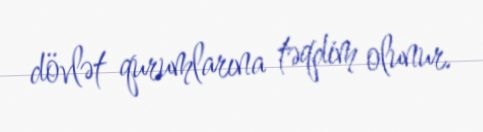
dövlət qurumlarına təqdim olunur.